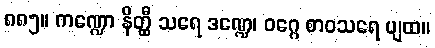
၈၈၅။ ကဏ္ဍော နိတ္ထီ သရေ ဒဏ္ဍေ၊ ဝဂ္ဂေ စာဝသရေ ပျထ။